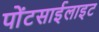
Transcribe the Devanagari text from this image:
पोंटसाईलाइट